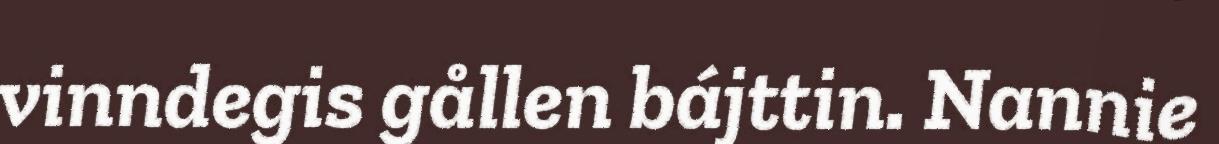
vinndegis gållen bájttin. Nannie